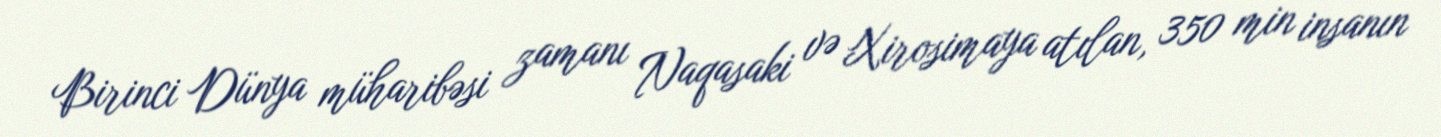
Birinci Dünya müharibəsi zamanı Naqasaki və Xirosimaya atılan, 350 min insanın